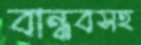
বান্ধবসহ